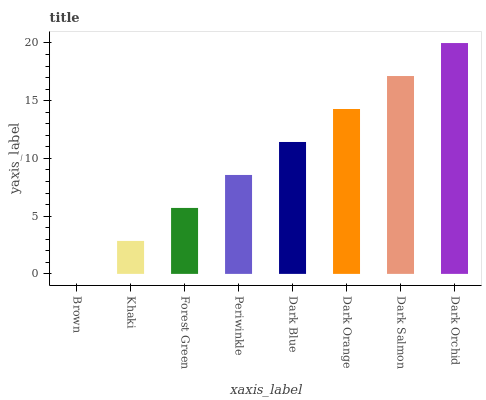
| xaxis_label | bars |
 | --- | --- |
 | Brown | 0 |
 | Khaki | 2.86 |
 | Forest Green | 5.71 |
 | Periwinkle | 8.57 |
 | Dark Blue | 11.4 |
 | Dark Orange | 14.3 |
 | Dark Salmon | 17.1 |
 | Dark Orchid | 20 |